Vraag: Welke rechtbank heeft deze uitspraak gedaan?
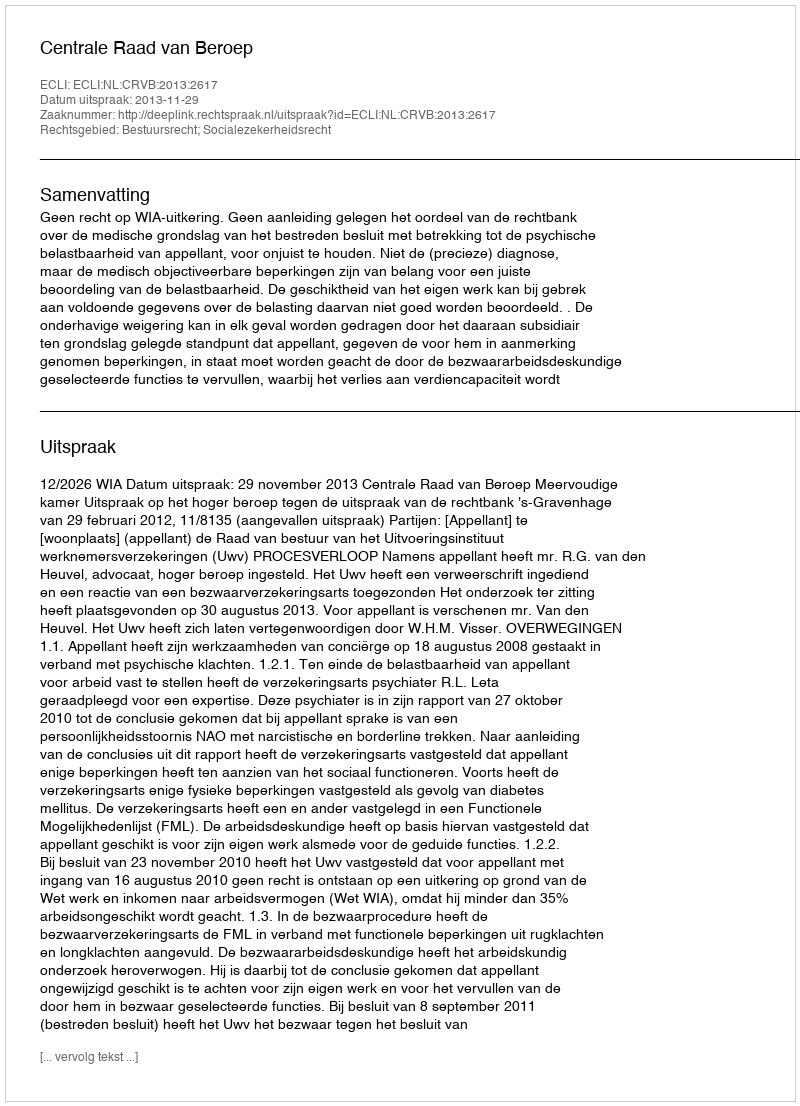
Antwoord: Centrale Raad van Beroep